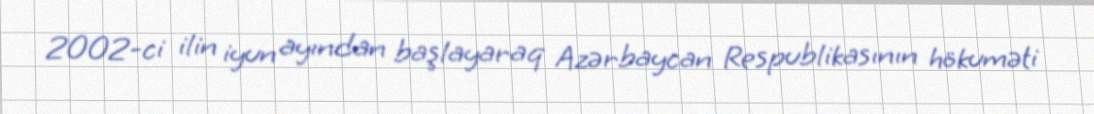
2002-ci ilin iyun ayından başlayaraq Azərbaycan Respublikasının hökuməti